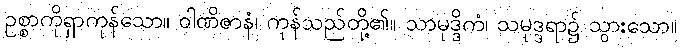
ဥစ္စာကိုရှာကုန်သော။ ဝါဏိဇာနံ၊ ကုန်သည်တို့၏။ သာမုဒ္ဒိကံ၊ သမုဒ္ဒရာ၌ သွားသော။